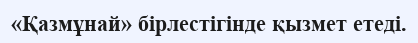
«Қазмұнай» бірлестігінде қызмет етеді.